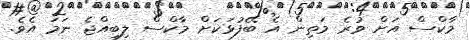
މާކްސް އަށް ވުރެ މަތިން އެ ބޭފުޅަކަށް މާކްސް ލިބިއްޖެ ނަމަ އެވެ.